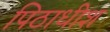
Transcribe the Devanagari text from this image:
पिठाधीश